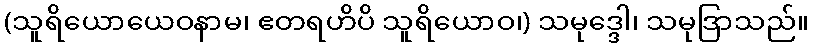
(သူရိယောယေဝနာမ၊ ဧတရဟိပိ သူရိယောဝ၊) သမုဒ္ဒေါ၊ သမုဒြာသည်။